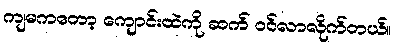
ကျမကတော့ ကျောင်းထဲကို ဆက် ဝင်လာလိုက်တယ်။